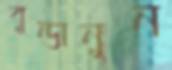
বুন্ডানুন